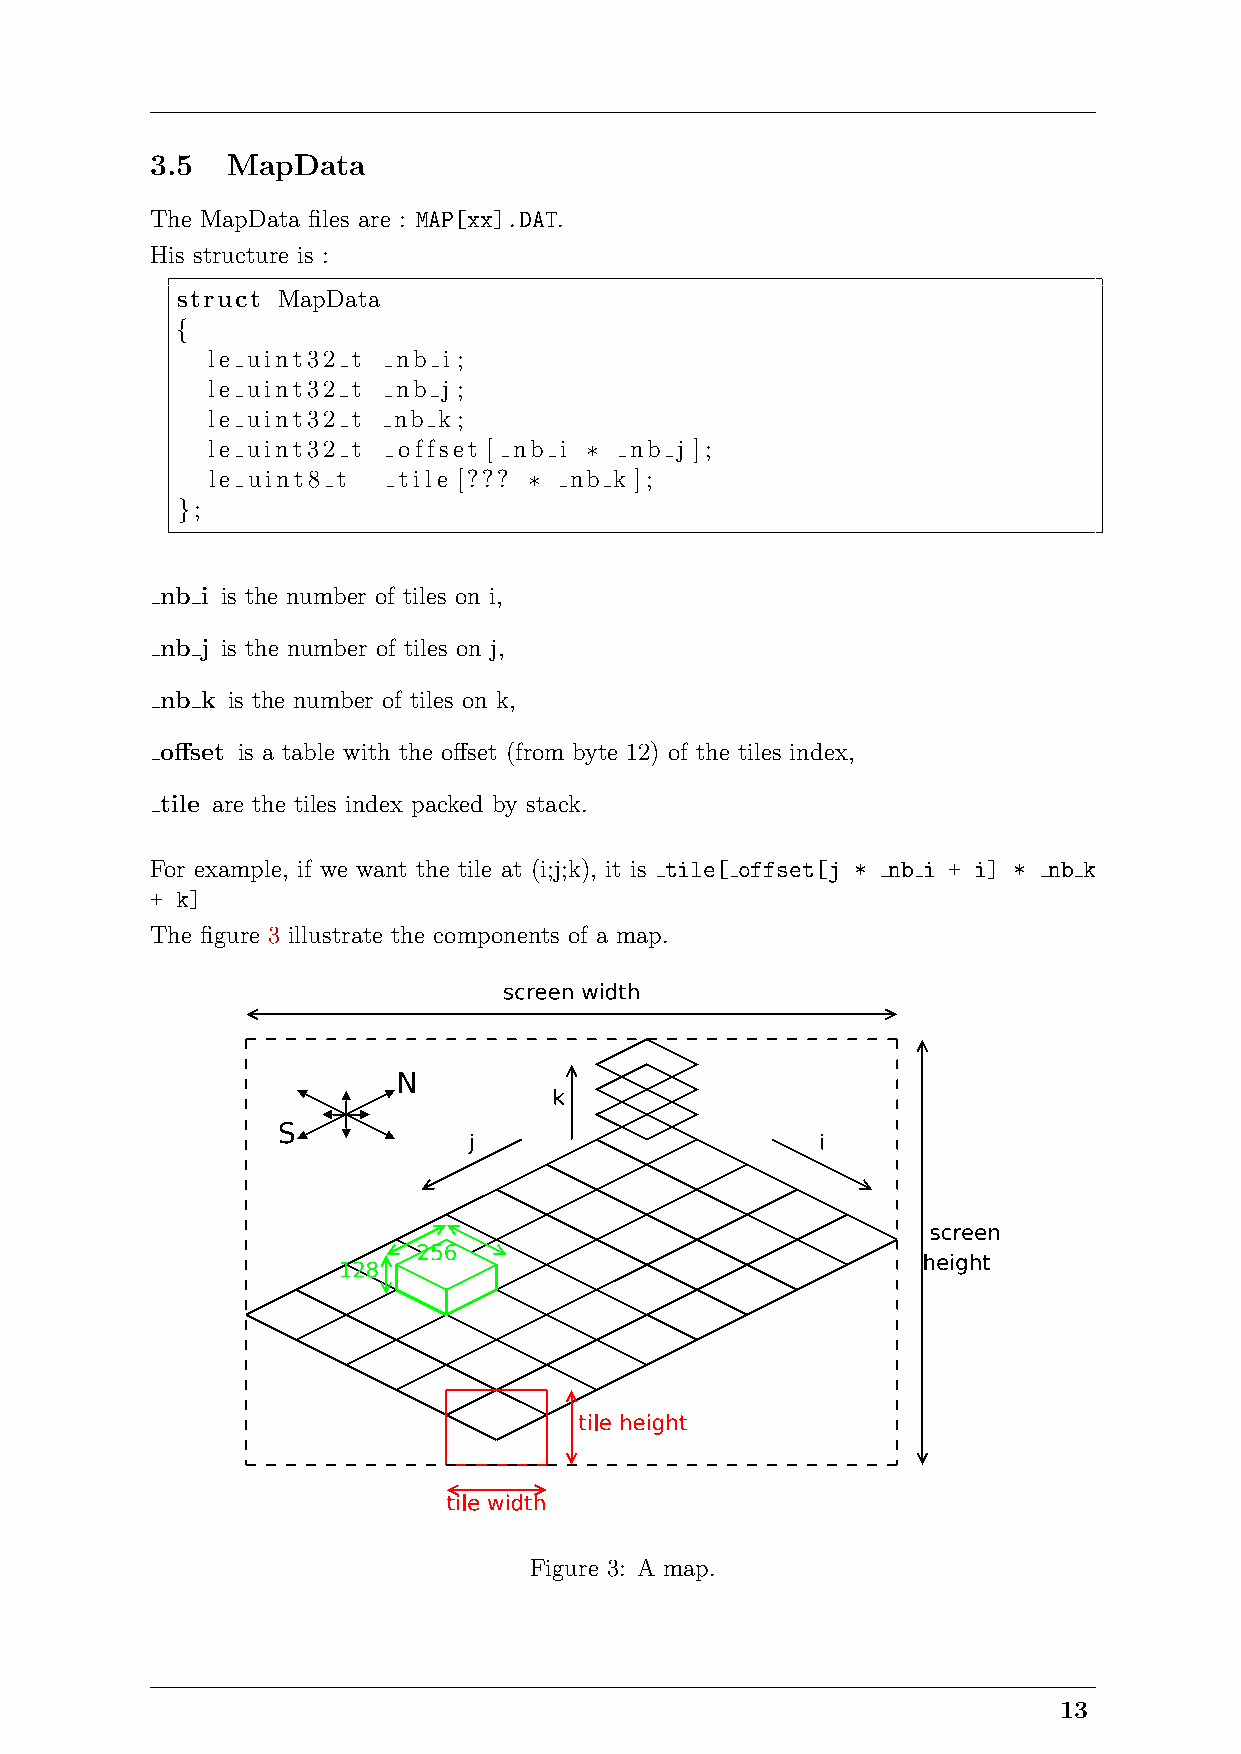
3.5  MapData
 The MapData files are : MAP[xx].DAT.
 His structure is :
 struct MapData
 {
 le uint32 t nb i ;
 le uint32 t nb j ;
 le uint32 t nb k ;
 le uint32 t offset [ nb i ∗ nb j ];
 le uint8 t  tile [??? ∗ nb k ];
 };
 nb i is the number of tiles on i,
 nb j is the number of tiles on j,
 nb k is the number of tiles on k,
 offset is a table with the offset (from byte 12) of the tiles index,
 tile are the tiles index packed by stack.
 For example, if we want the tile at (i;j;k), it is tile[ offset[j * nb i + i] * nb k
 + k]
 The figure 3 illustrate the components of a map.
 Figure 3: A map.
 13